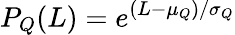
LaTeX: P_{Q}(L)=e^{(L-\mu_{Q})/\sigma_{Q}}